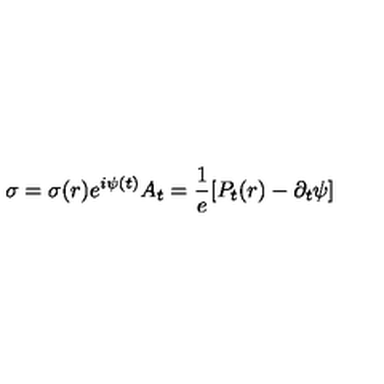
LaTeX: \sigma = \sigma ( r ) e ^ { i \psi ( t ) } A _ { t } = \frac { 1 } { e } [ P _ { t } ( r ) - \partial _ { t } \psi ]